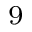
_ 9